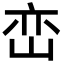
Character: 峦